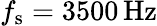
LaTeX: f_{\mathrm{s}}=3500\, \mathrm{{Hz}}